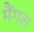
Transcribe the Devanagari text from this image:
मैंगल